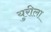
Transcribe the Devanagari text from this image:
युरीला